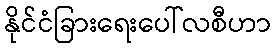
နိုင်ငံခြားရေးပေါ်လစီဟာ